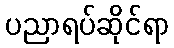
ပညာရပ်ဆိုင်ရာ